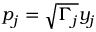
p _ { j } = \sqrt { \Gamma _ { j } } y _ { j }